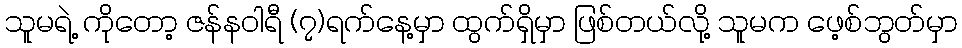
သူမရဲ့ ကိုတော့ ဇန်နဝါရီ (၇)ရက်နေ့မှာ ထွက်ရှိမှာ ဖြစ်တယ်လို့ သူမက ဖေ့စ်ဘွတ်မှာ